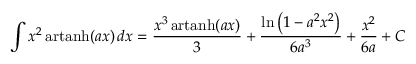
\int x ^ { 2 } \operatorname { a r t a n h } ( a x ) \, d x = { \frac { x ^ { 3 } \operatorname { a r t a n h } ( a x ) } { 3 } } + { \frac { \ln \left( 1 - a ^ { 2 } x ^ { 2 } \right) } { 6 a ^ { 3 } } } + { \frac { x ^ { 2 } } { 6 a } } + C